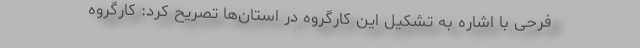
فرحی با اشاره به تشکیل این کارگروه در استان‌ها تصریح کرد: کارگروه